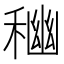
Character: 𥠃